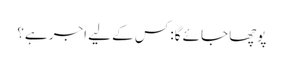
پوچھا جائے گا: کس کے لیے اَجر ہے؟